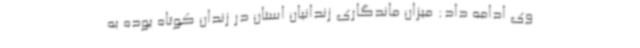
وی ادامه داد: میزان ماندگاری زندانیان استان در زندان کوتاه بوده به